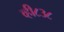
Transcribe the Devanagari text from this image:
व्ही८३८